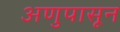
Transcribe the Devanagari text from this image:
अणुपासून